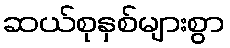
ဆယ်စုနှစ်များစွာ